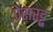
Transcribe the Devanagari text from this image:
पेसरट्टु